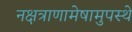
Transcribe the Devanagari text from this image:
नक्षत्राणामेषामुपस्थे